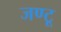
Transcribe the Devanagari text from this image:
जण्टू